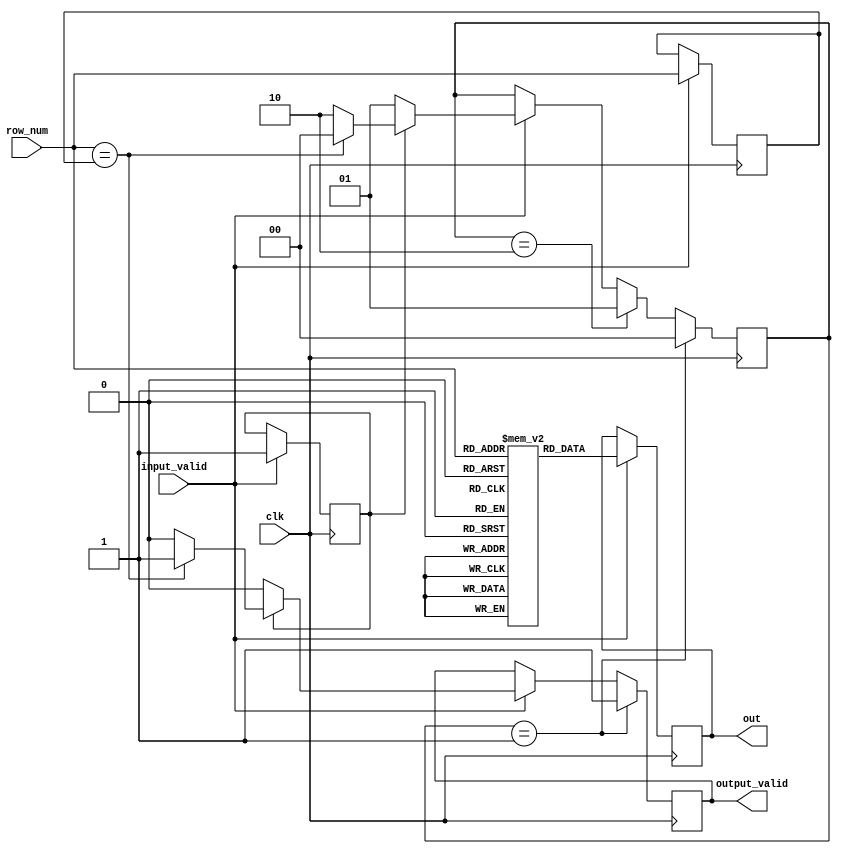
//Module BANK as DRAM Bank with Read feature/operation

module BANK(clk, input_valid, row_num, output_valid, out);
	
	input clk; 							// 1-bit clock input

	input input_valid;					// 1-bit flag for input validity

	input [3:0] row_num;				// 4-bit row number as address

	output reg [31:0] out;
	output reg output_valid;

	reg [1:0] counter;					// A counter register to keep track of number of cycles afte which to show output
	reg [3:0] open_row_num;				// Stores address of row which is opened.
	reg [31:0] bank [0:15]; 			// 16 32-bit registers in a bank

	reg open_row; 						// Boolean value. True if any row is open

	initial
		begin							// Initialisation of DRAM bank
			bank[0] = 0;
			bank[1] = 1;
			bank[2] = 2;
			bank[3] = 3;
			bank[4] = 4;
			bank[5] = 5;
			bank[6] = 6;
			bank[7] = 7;
			bank[8] = 8;
			bank[9] = 9;
			bank[10] = 10;
			bank[11] = 11;
			bank[12] = 12;
			bank[13] = 13;
			bank[14] = 14;
			bank[15] = 15;	

			output_valid = 1'b0;
			out = 1'b0;					
			counter = 2'bxx;
			open_row_num = 4'b0000;
			open_row = 1'b0;
		end

	always @(posedge clk)
		begin
			
			if (input_valid == 1)
			begin
				output_valid = 0;
				out <= bank[row_num];
				open_row_num <= row_num;
				if (open_row == 1'b0)
				begin
					counter <= 2'd1;
					output_valid <= 0;
					open_row <= 1'b1;
				end
				else if (row_num == open_row_num)
				begin
					counter <= 2'd0;
					output_valid <= 1;
				end
				else
				begin
					counter <= 2'd2;
					output_valid <= 0;
				end
			end

			if (counter == 2'd1)
			begin
				counter <= 2'd0;
				output_valid <= 1;
			end
			else if (counter == 2'd2) 
			begin
				counter <= 2'd1; 
			end
			
		end
	

endmodule